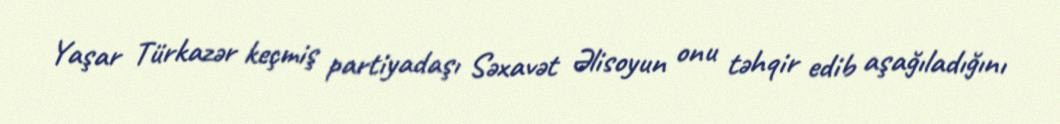
Yaşar Türkazər keçmiş partiyadaşı Səxavət Əlisoyun onu təhqir edib aşağıladığını